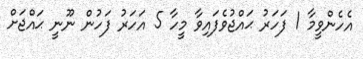
އެހެންވީމާ 1 ފަހަރު ޙައްޖުވެފައިވާ މީހާ 5 އަހަރު ފަހުން ނޫނީ ޙައްޖަށް